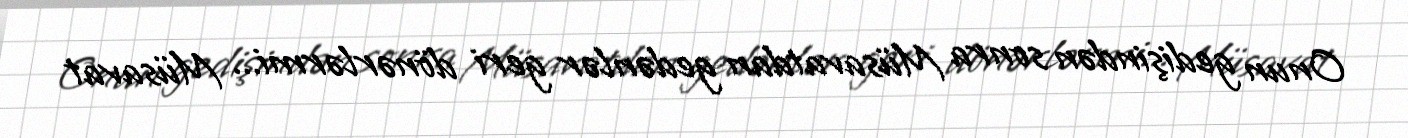
Onun gedişindən sonra Müsavatdan gedənlər geri dönərlərmi... Müsavat